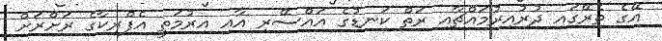
އޭގެ ތެރޭގައި ދުރުއިރުމައްޗާއި ރަތް ކަނޑުގެ އައްސޭރި އާއި އިރުމަތީ އެފްރިކާގެ ރަށްރަށް